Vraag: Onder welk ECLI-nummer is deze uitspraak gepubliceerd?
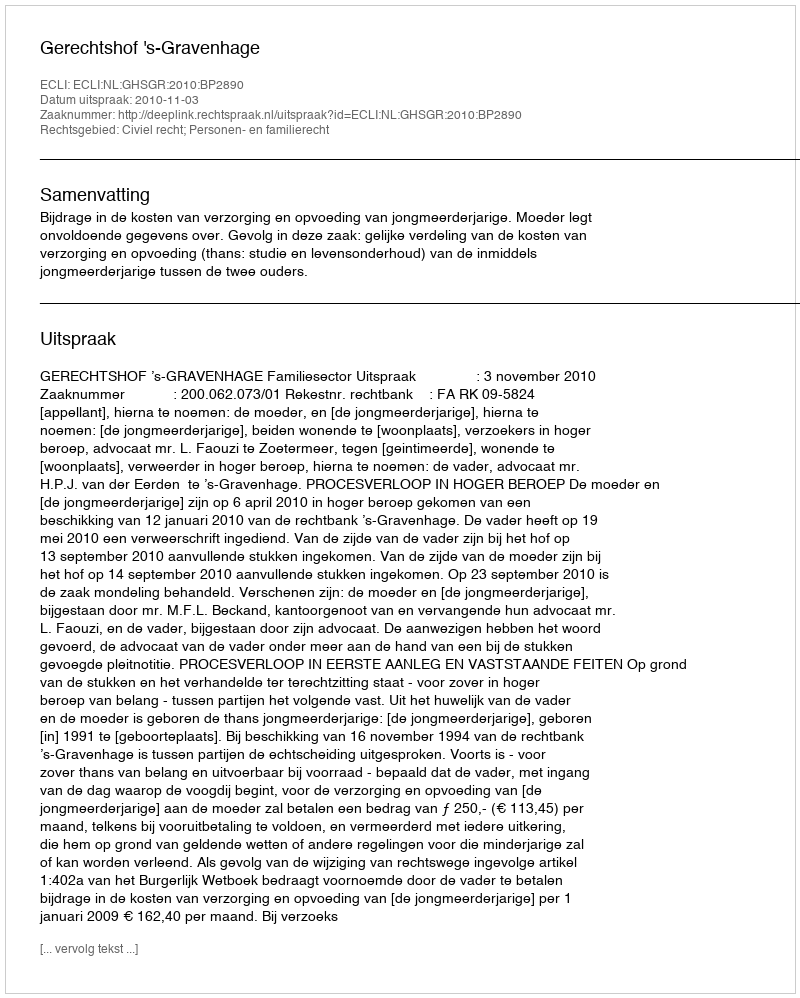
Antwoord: ECLI:NL:GHSGR:2010:BP2890